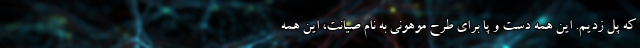
که پل زدیم. این همه دست و پا برای طرح موهونی به نام صیانت، این همه